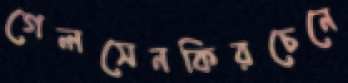
গেলসেনকিরচেনে